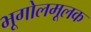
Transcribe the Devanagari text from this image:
भूगोलमूलक